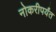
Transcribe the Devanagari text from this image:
नोकरीपर्यंत